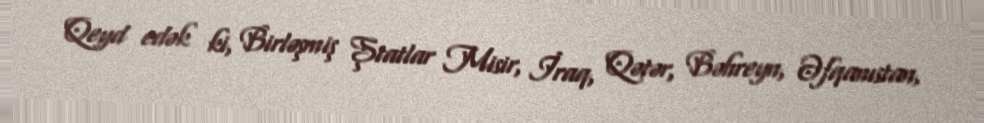
Qeyd edək ki, Birləşmiş Ştatlar Misir, İraq, Qətər, Bəhreyn, Əfqanıstan,